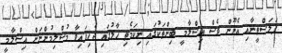
ފަލަސްތީނާއި އެނޫން ވެސް އިސްލާމީ ބިންތަކުގައި ނިކަމެތި ޙާލުގައި ޖެހިފައިވާ މުސްލިމުންނަށް އިސްލާމީ